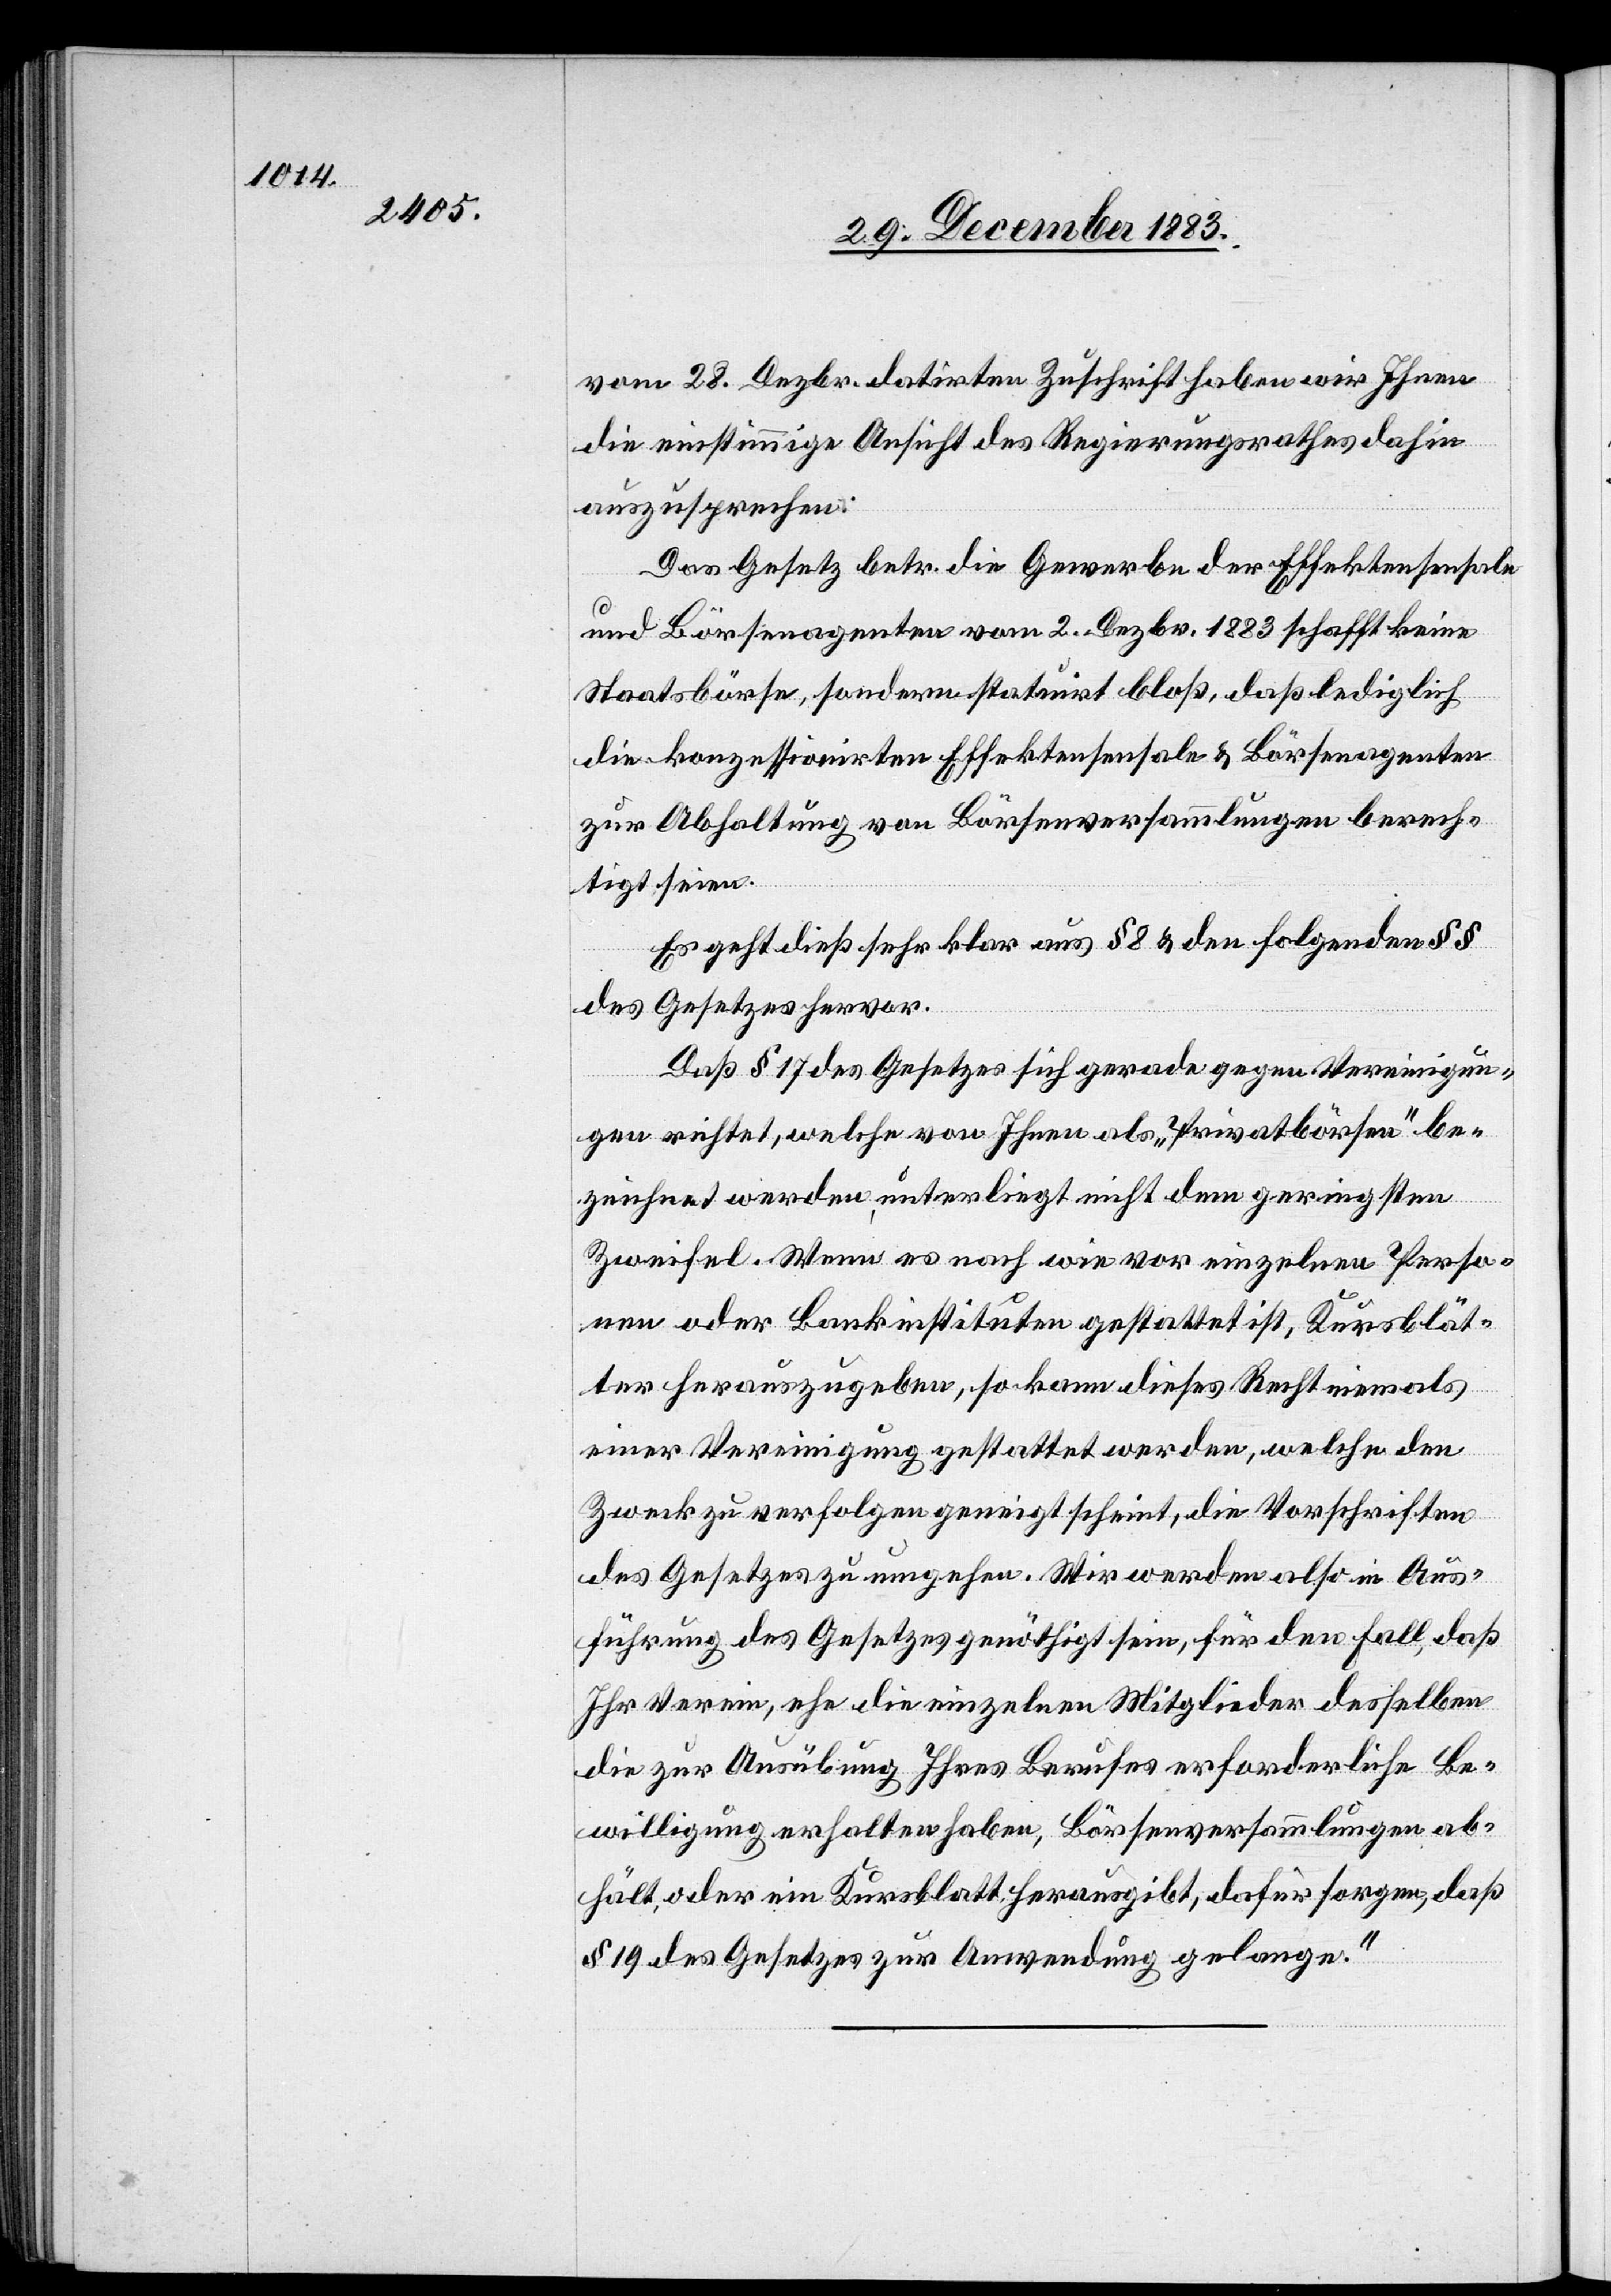
vom 28. Dezbr. datirten Zuschrift haben wir Ihnen
die einstimmige Ansicht des Regierungsrathes dahin
auszusprechen:
Das Gesetz betr. die Gewerbe der Effektensensale
und Börsenagenten vom 2. Dezbr. 1883 schafft keine
Staatsbörse, sondern statuirt bloß, daß lediglich
die konzessionirten Effektensensale & Börsenagenten
zur Abhaltung von Börsenversammlungen berech¬
tigt seien.
Es geht dieß klar aus § 8 & den folgenden §§
des Gesetzes hervor.
Daß § 17 des Gesetzes sich gerade gegen Vereinigun¬
gen richtet, welche von Ihnen als „Privatbörsen“ be¬
zeichnet werden, unterliegt nicht dem geringsten
Zweifel. Wenn es nach wie vor einzelnen Perso¬
nen oder Bankinstituten gestattet ist, Kursblät¬
ter herauszugeben, so kann dieses Recht niemals
einer Vereinigung gestattet werden, welche den
Zweck zu verfolgen geneigt scheint, die Vorschriften
des Gesetzes zu umgehen. Wir werden also in Aus¬
führung des Gesetzes genöthigt sein, für den Fall, daß
Ihr Verein, ehe die einzelnen Mitglieder desselben
die zur Ausübung Ihres Berufes erforderliche Be¬
willigung erhalten haben, Börsenversammlungen ab¬
hält, oder ein Kursblatt herausgibt, dafür zu sorgen, daß
§ 19 des Gesetzes zur Anwendung gelange.“